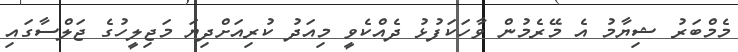
މެމްބަރު ޝިޔާމު އެ މޭރެމުން ވާހަކަފުޅު ދެއްކެވީ މިއަދު ކުރިއަށްދިޔަ މަޖިލީހުގެ ޖަލްސާގައި